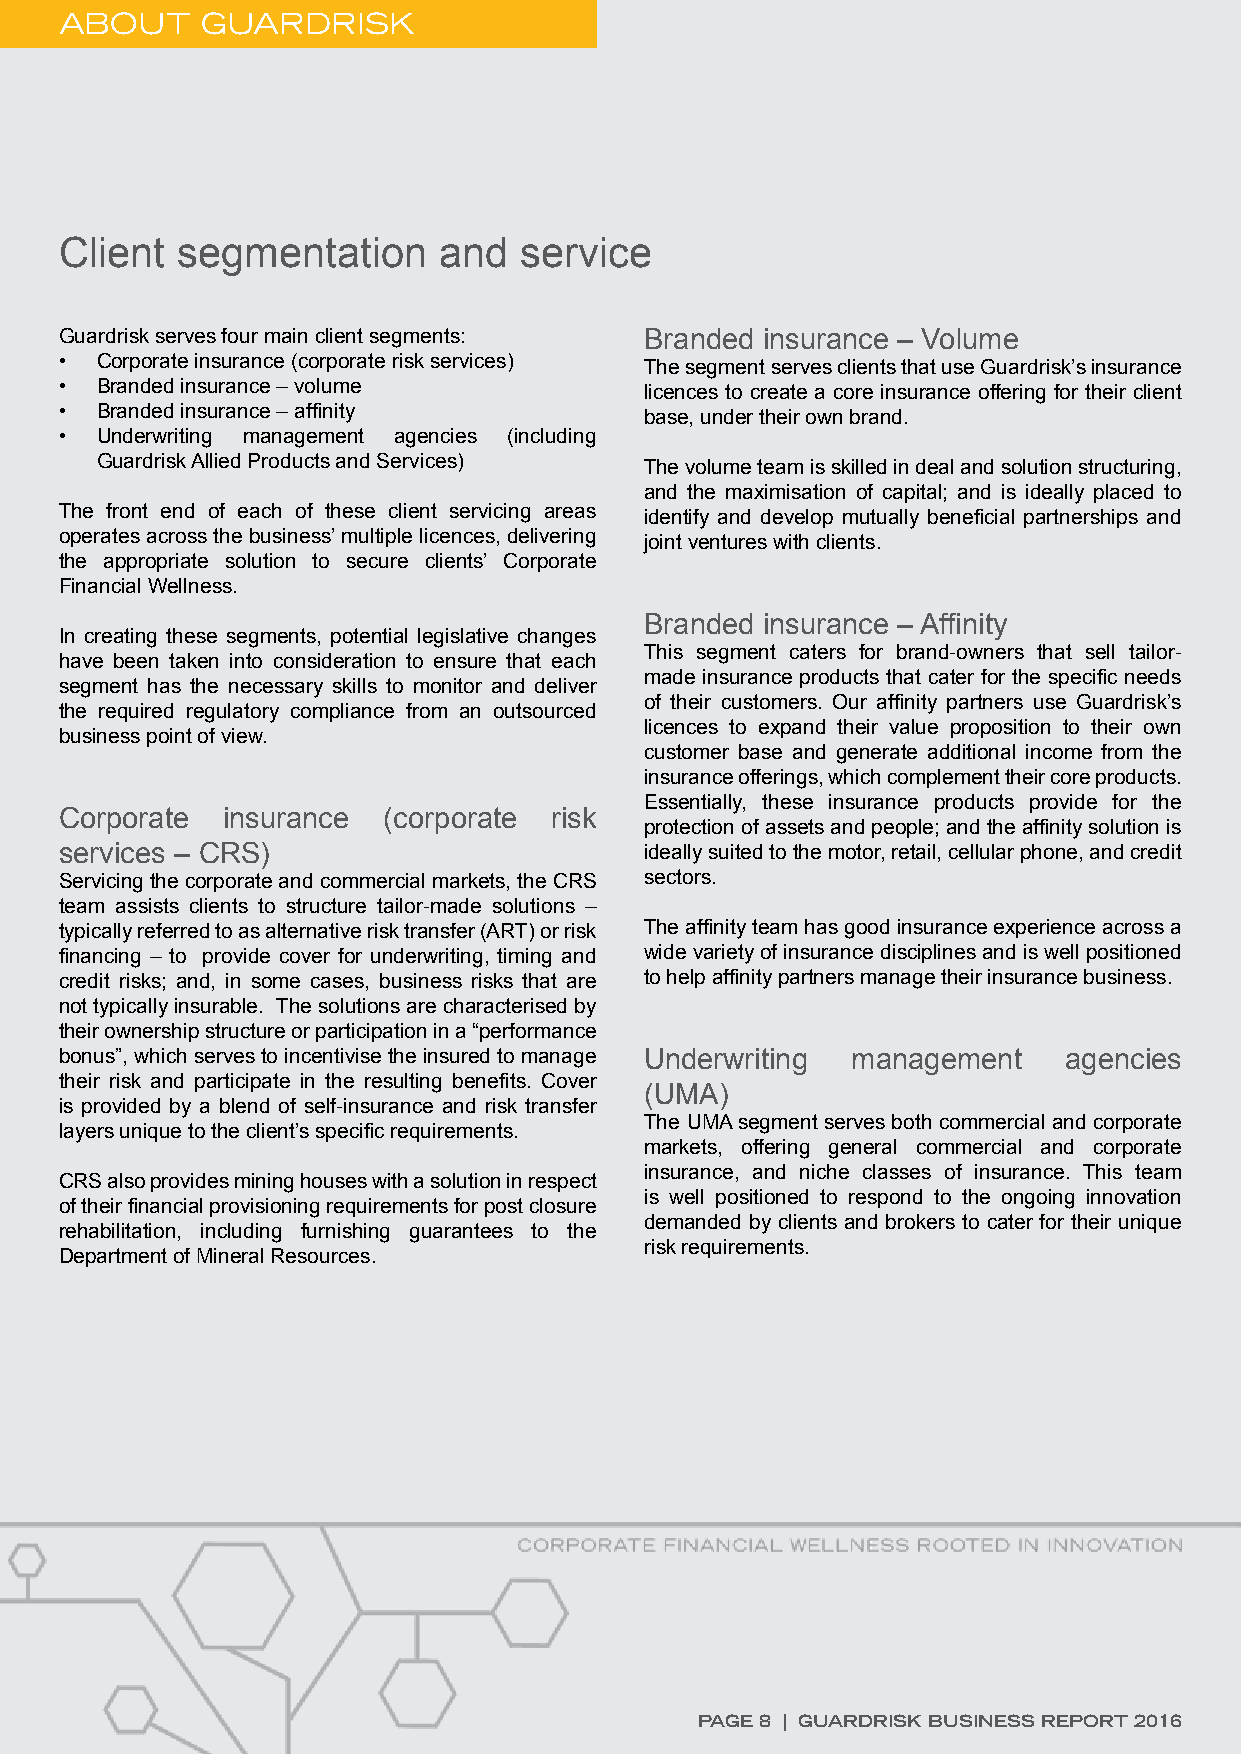
ABOUT    GUARDRISK
 Client  segmentation     and  service
 Guardrisk serves four main client segments: Branded insurance – Volume
 • Corporate insurance (corporate risk services) The segment serves clients that use Guardrisk’s insurance
 • Branded insurance – volume           licences to create a core insurance offering for their client
 • Branded insurance – affinity         base, under their own brand.
 • Underwriting management agencies (including
 Guardrisk Allied Products and Services) The volume team is skilled in deal and solution structuring,
 and the maximisation of capital; and is ideally placed to
 The front end of each of these client servicing areas identify and develop mutually beneficial partnerships and
 operates across the business’ multiple licences, delivering joint ventures with clients.
 the appropriate solution to secure clients’ Corporate
 Financial Wellness.
 Branded insurance – Affinity
 In creating these segments, potential legislative changes
 This segment caters for brand-owners that sell tailor-
 have been taken into consideration to ensure that each
 made insurance products that cater for the specific needs
 segment has the necessary skills to monitor and deliver
 of their customers. Our affinity partners use Guardrisk’s
 the required regulatory compliance from an outsourced
 licences to expand their value proposition to their own
 business point of view.
 customer base and generate additional income from the
 insurance offerings, which complement their core products.
 Essentially, these insurance products provide for the
 Corporate  insurance (corporate risk
 protection of assets and people; and the affinity solution is
 services – CRS)                        ideally suited to the motor, retail, cellular phone, and credit
 Servicing the corporate and commercial markets, the CRS sectors.
 team assists clients to structure tailor-made solutions –
 typically referred to as alternative risk transfer (ART) or risk The affinity team has good insurance experience across a
 financing – to provide cover for underwriting, timing and wide variety of insurance disciplines and is well positioned
 credit risks; and, in some cases, business risks that are to help affinity partners manage their insurance business.
 not typically insurable. The solutions are characterised by
 their ownership structure or participation in a “performance
 bonus”, which serves to incentivise the insured to manage Underwriting management agencies
 their risk and participate in the resulting benefits. Cover
 (UMA)
 is provided by a blend of self-insurance and risk transfer
 The UMA segment serves both commercial and corporate
 layers unique to the client’s specific requirements.
 markets, offering general commercial and corporate
 insurance, and niche classes of insurance. This team
 CRS also provides mining houses with a solution in respect
 is well positioned to respond to the ongoing innovation
 of their financial provisioning requirements for post closure
 demanded by clients and brokers to cater for their unique
 rehabilitation, including furnishing guarantees to the
 risk requirements.
 Department of Mineral Resources.
 PAGE 8 | GUARDRISK BUSINESS REPORT 2016